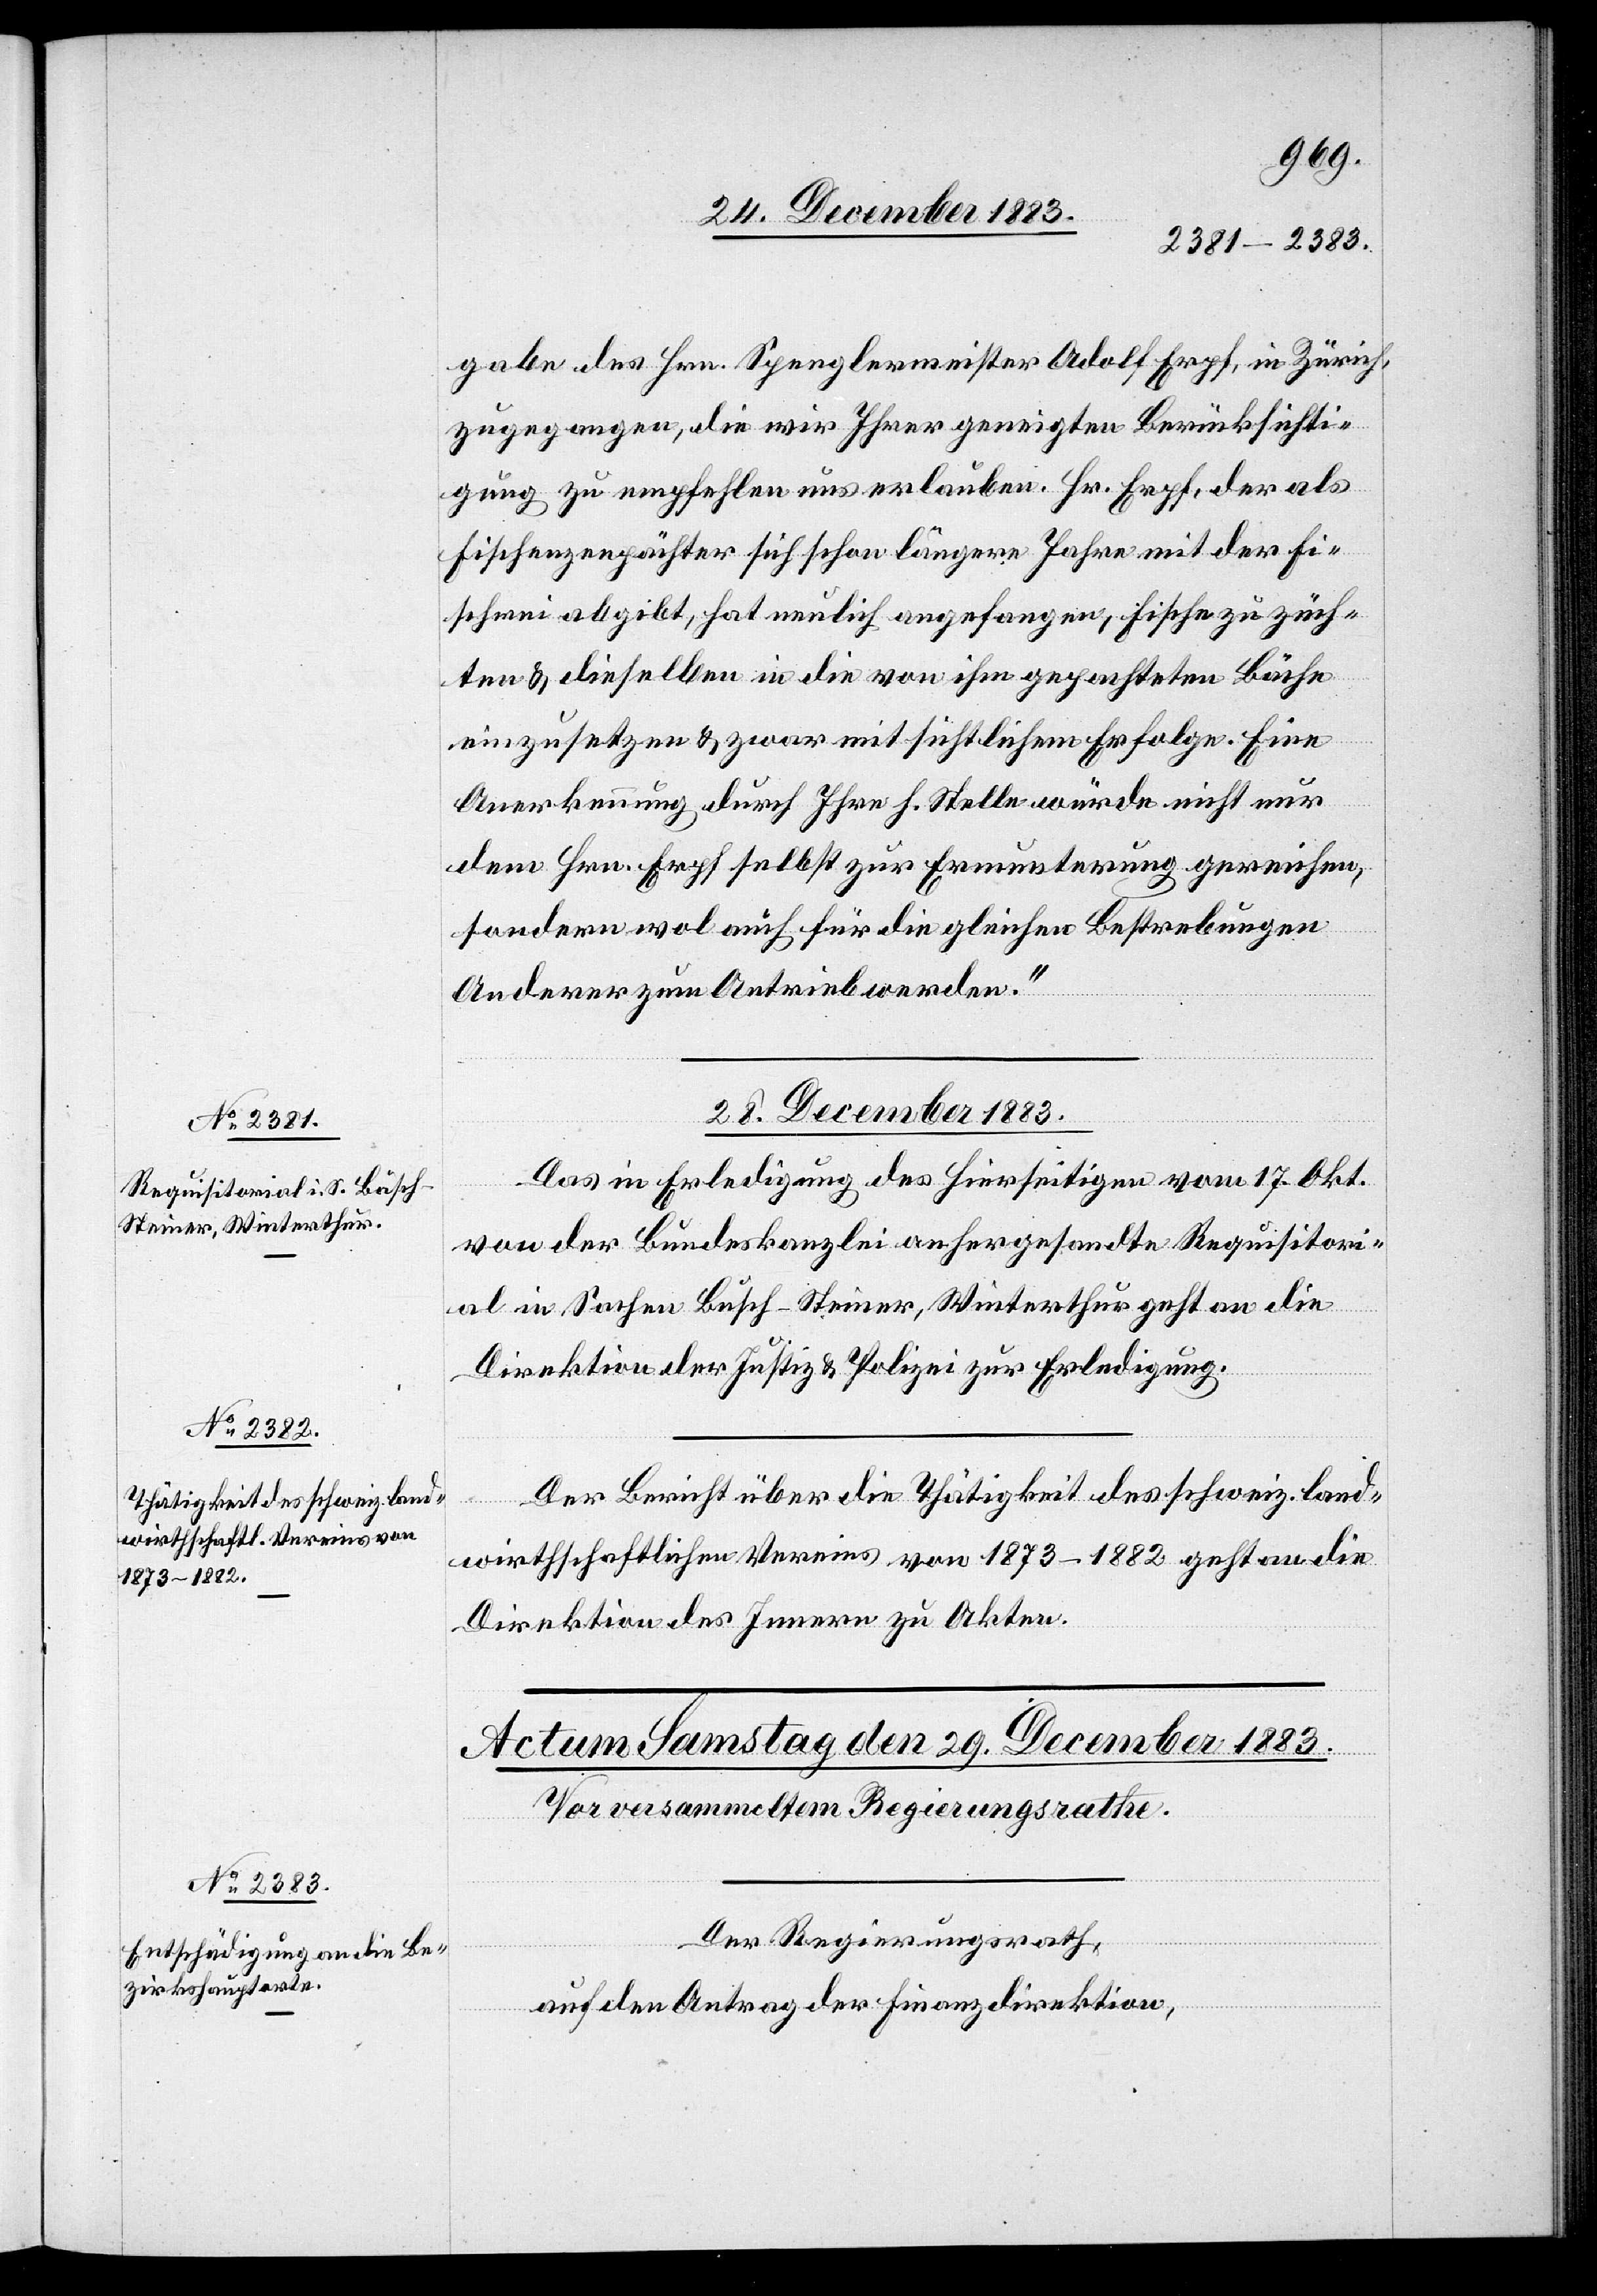
gabe des Hrn. Spenglermeister Adolf Erpf, in Zürich,
zugegangen, die wir Ihrer geneigten Berücksichti¬
gung zu empfehlen uns erlauben. Hr. Erpf, der als
Fischenzenpächter sich schon längere Jahre mit der Fi¬
scherei abgibt, hat neulich angefangen, Fische zu züch¬
ten & dieselben in die von ihm gepachteten Bäche
einzusetzen & zwar mit sichtlichem Erfolge. Eine
Anerkennung durch Ihre h. Stelle würde nicht nur
dem Hrn. Erpf selbst zur Ermunterung gereichten,
sondern wol auch für die gleichen Bestrebungen
Anderer zum Antrieb werden.“
28. December 1883.]
Das in Erledigung des hierseitigen vom 17. Okt.
von der Bundeskanzlei anhergesandte Requisitori¬
al in Sachen Busch-Steiner, Winterthur geht an die
Direktion der Justiz & Polizei zur Erledigung.
Der Bericht über die Thätigkeit des schweiz. land¬
wirthschaftlichen Vereins von 1873–1882 geht an die
Direktion des Innern zu Akten.
Der Regierungsrath,
auf den Antrag der Finanzdirektion,